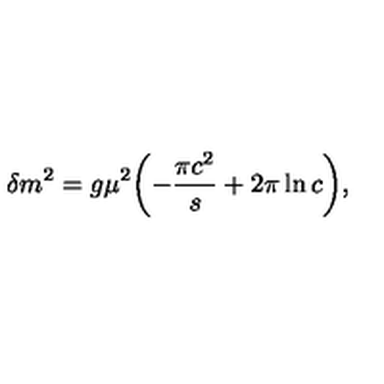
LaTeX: \delta m ^ { 2 } = g \mu ^ { 2 } \biggl ( - \frac { \pi c ^ { 2 } } { s } + 2 \pi \ln c \biggr ) ,